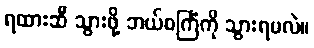
ရထားဆီ သွားဖို့ ဘယ်စင်္ကြံကို သွားရမလဲ။